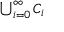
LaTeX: \textstyle \bigcup _ { i = 0 } ^ { \infty } C _ { i }